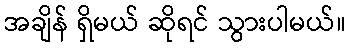
အချိန် ရှိမယ် ဆိုရင် သွားပါမယ်။